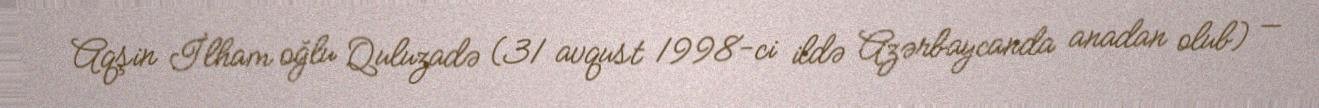
Aqşin İlham oğlu Quluzadə (31 avqust 1998-ci ildə Azərbaycanda anadan olub) —